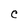
Character: C